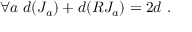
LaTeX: \forall a ~ d ( J _ { a } ) + d ( R J _ { a } ) = 2 d ~ .